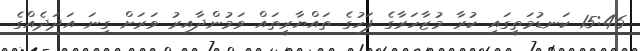
15:46 ކަނޑުމަތީގައި ކުރާ މުޒާހަރާގެ ފަހުގެ ތައްޔާރީތައް ވަމުންދާއިރު ވަރަށް ގިނަ އަދަދެއްގެ